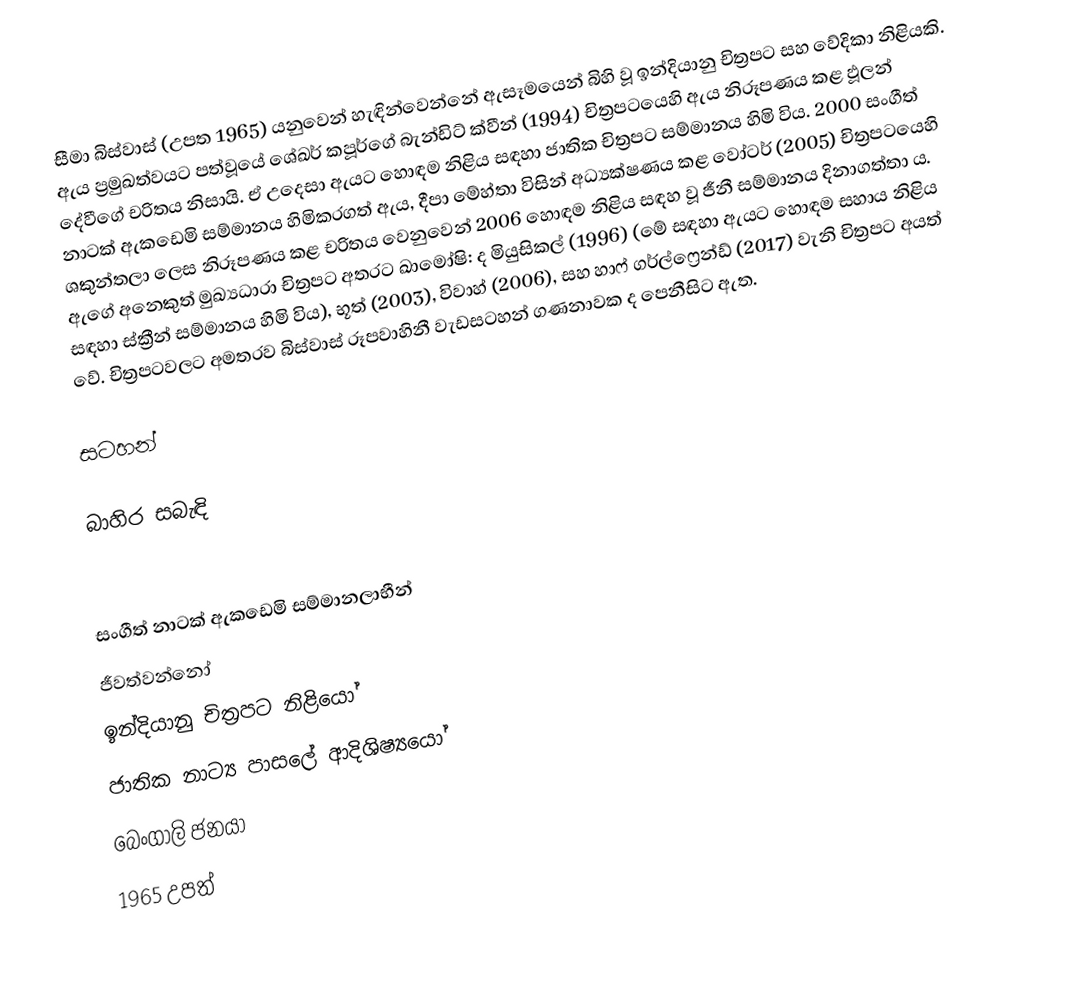
සීමා බිස්වාස් (උපත 1965) යනුවෙන් හැඳින්වෙන්නේ ඇසෑමයෙන් බිහි වූ ඉන්දියානු චිත්‍රපට සහ වේදිකා නිළියකි. ඇය ප්‍රමුඛත්වයට පත්වූයේ ශේඛර් කපූර්ගේ බැන්ඩිට් ක්වීන් (1994) චිත්‍රපටයෙහි ඇය නිරූපණය කළ ඵූලන් දේවීගේ චරිතය නිසායි. ඒ උදෙසා ඇයට හොඳම නිළිය සඳහා ජාතික චිත්‍රපට සම්මානය හිමි විය. 2000 සංගීත් නාටක් ඇකඩෙමි සම්මානය හිමිකරගත් ඇය, දීපා මේහ්තා විසින් අධ්‍යක්ෂණය කළ වෝටර් (2005) චිත්‍රපටයෙහි ශකුන්තලා ලෙස නිරූපණය කළ චරිතය වෙනුවෙන් 2006 හොඳම නිළිය සඳහ වූ ජීනී සම්මානය දිනාගත්තා ය. ඇගේ අනෙකුත් මුඛ්‍යධාරා චිත්‍රපට අතරට ඛාමෝෂි: ද මියුසිකල් (1996) (මේ සඳහා ඇයට හොඳම සහාය නිළිය සඳහා ස්ක්‍රීන් සම්මානය හිමි විය), භූත් (2003), විවාහ් (2006), සහ හාෆ් ගර්ල්ෆ්‍රෙන්ඩ් (2017) වැනි චිත්‍රපට අයත් වේ. චිත්‍රපටවලට අමතරව බිස්වාස් රූපවාහිනී වැඩසටහන් ගණනාවක ද පෙනීසිට ඇත.

සටහන්

බාහිර සබැඳි

සංගීත් නාටක් ඇකඩෙමි සම්මානලාභීන්
ජීවත්වන්නෝ
ඉන්දියානු චිත්‍රපට නිළියෝ
ජාතික නාට්‍ය පාසලේ ආදිශිෂ්‍යයෝ
බෙංගාලි ජනයා
1965 උපත්